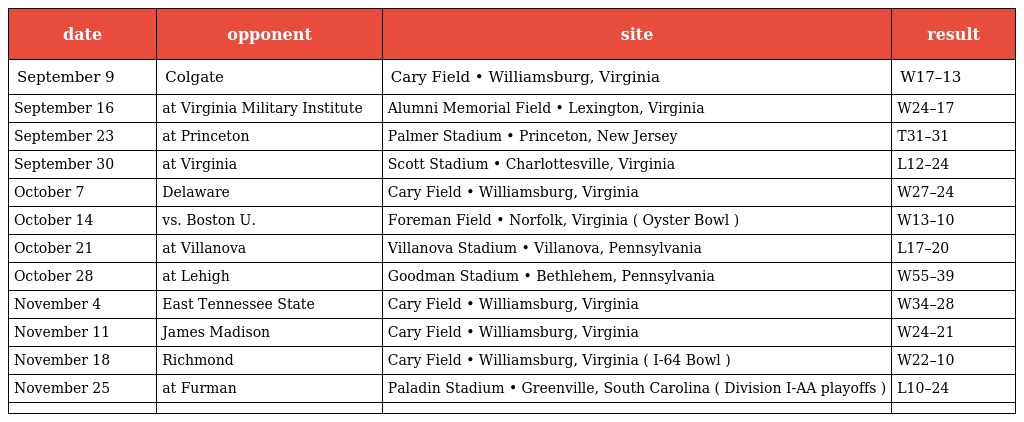
| date | opponent | site | result |
 | --- | --- | --- | --- |
 | September 9 | Colgate | Cary Field • Williamsburg, Virginia | W17–13 |
 | September 16 | at Virginia Military Institute | Alumni Memorial Field • Lexington, Virginia | W24–17 |
 | September 23 | at Princeton | Palmer Stadium • Princeton, New Jersey | T31–31 |
 | September 30 | at Virginia | Scott Stadium • Charlottesville, Virginia | L12–24 |
 | October 7 | Delaware | Cary Field • Williamsburg, Virginia | W27–24 |
 | October 14 | vs. Boston U. | Foreman Field • Norfolk, Virginia ( Oyster Bowl ) | W13–10 |
 | October 21 | at Villanova | Villanova Stadium • Villanova, Pennsylvania | L17–20 |
 | October 28 | at Lehigh | Goodman Stadium • Bethlehem, Pennsylvania | W55–39 |
 | November 4 | East Tennessee State | Cary Field • Williamsburg, Virginia | W34–28 |
 | November 11 | James Madison | Cary Field • Williamsburg, Virginia | W24–21 |
 | November 18 | Richmond | Cary Field • Williamsburg, Virginia ( I-64 Bowl ) | W22–10 |
 | November 25 | at Furman | Paladin Stadium • Greenville, South Carolina ( Division I-AA playoffs ) | L10–24 |
 |  |  |  |  |